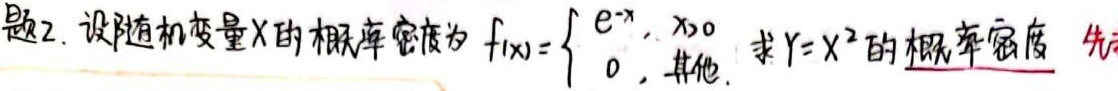
题2. 设随机变量$X$的概率密度为$f_{X}(x)=\begin{cases}e^{-x},&x\geq0\\0,&\text{其他}\end{cases}$. 求$Y = X^{2}$的概率密度. 先